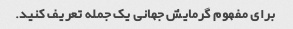
برای مفهوم گرمایش جهانی یک جمله تعریف کنید.